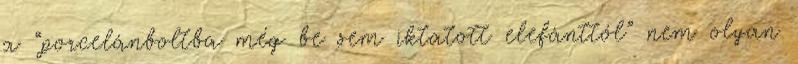
a “porcelánboltba még be sem iktatott elefánttól” nem olyan